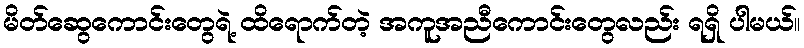
မိတ်ဆွေကောင်းတွေရဲ့ ထိရောက်တဲ့ အကူအညီကောင်းတွေလည်း ရရှိ ပါမယ်။